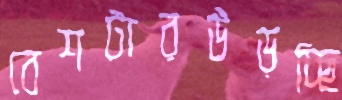
বেশটারউড়চ্ছি